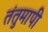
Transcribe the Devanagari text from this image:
तंतुमापी